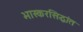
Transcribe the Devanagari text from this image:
भास्करसिद्धांत